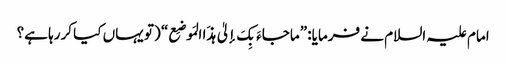
امام علیہ السلام نے فرمایا: ”ماجاءَ بِکَ إلیٰ ہذَا المَوضِع“ (تو یہاں کیا کررہا ہے؟